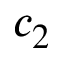
c _ { 2 }